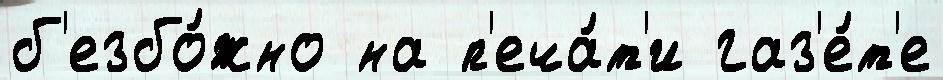
б'езбо́жно на п'еча́т'и газ'е́т'е